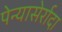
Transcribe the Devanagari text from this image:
पेन्यासेर्रादा